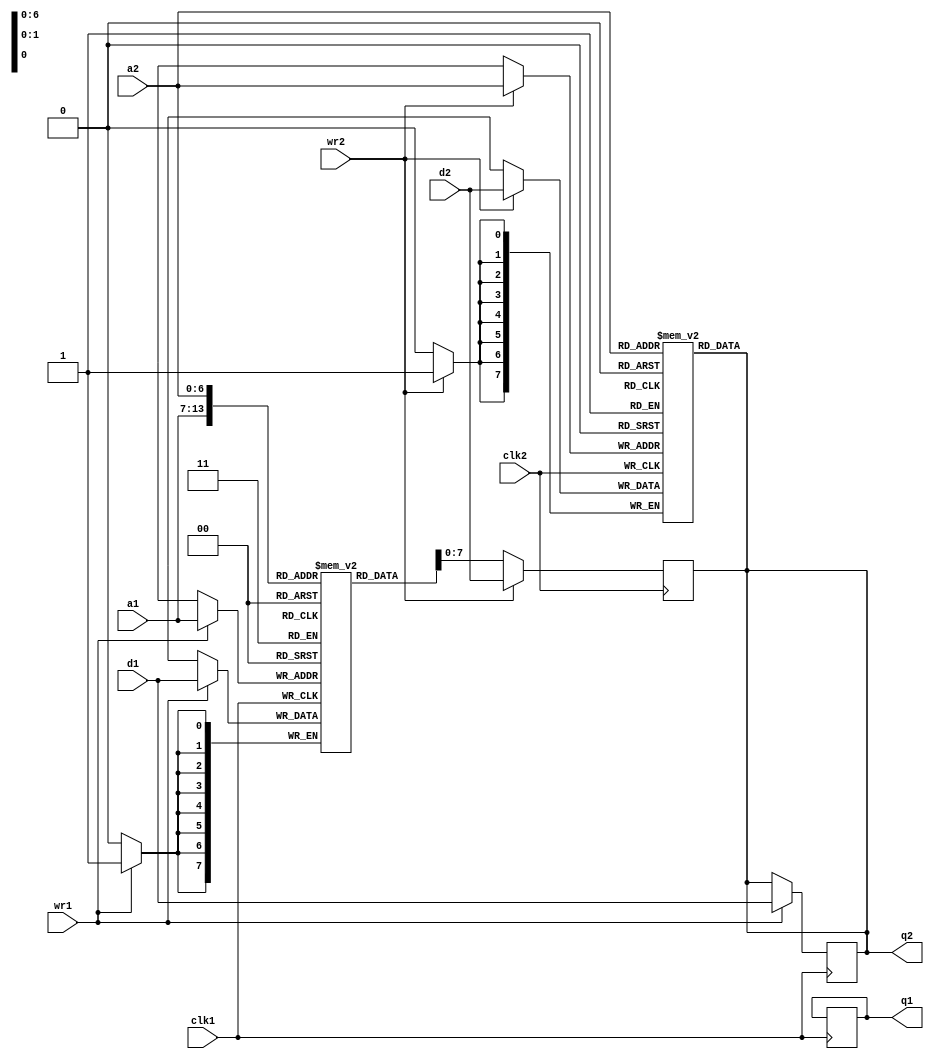
module dual_ram(q1, q2, a1, a2, d1, d2, wr1, wr2, clk1, clk2); 
	output[7:0] q1, q2;
	input [7:0] d1, d2;
	input [6:0] a1, a2;
	input wr1, wr2, clk1, clk2;

	reg [7:0] mem1 [127:0];
	reg [7:0] mem2 [127:0];

	assign q1 = mem1[a1];
	assign q2 = mem2[a2];

	always @(posedge clk1) begin
		if (wr1) begin
		mem1[a1] <= d1;
		q2<=d1;
		end
		else begin
		q1<= mem1[a1];
		end
	end
	
	always @(posedge clk2) begin
		if (wr2) begin
		mem2[a2] <= d2;
		q2 <= d2;
		end
		else begin
		q2<= mem1[a2];
		end
	end
endmodule